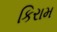
કિરામ